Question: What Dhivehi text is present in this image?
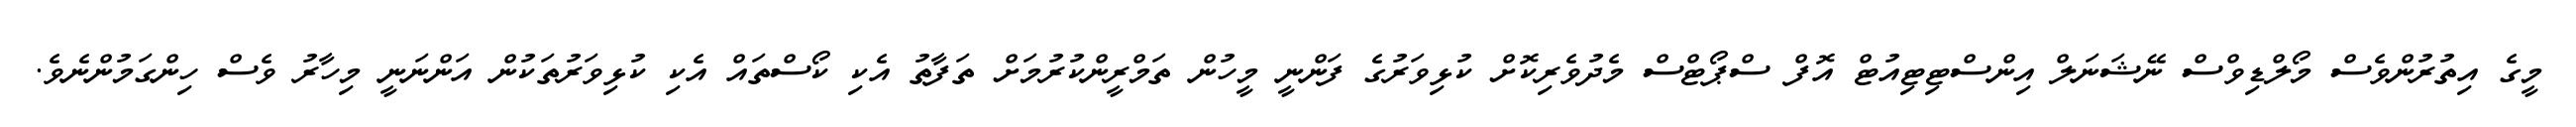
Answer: މީގެ އިތުރުންވެސް މޯލްޑިވްސް ނޭޝަނަލް އިންސްޓިޓިއުޓް އޮފް ސްޕޯޓްސް މެދުވެރިކޮށް ކުޅިވަރުގެ ފަންނީ މީހުން ތަމްރީންކުރުމަށް ތަފާތު އެކި ކޯސްތައް އެކި ކުޅިވަރުތަކުން އަންނަނީ މިހާރު ވެސް ހިންގަމުންނެވެ.